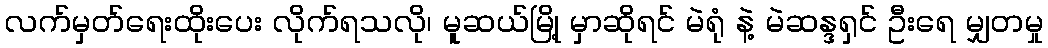
လက်မှတ်ရေးထိုးပေး လိုက်ရသလို၊ မူဆယ်မြို့ မှာဆိုရင် မဲရုံ နဲ့ မဲဆန္ဒရှင် ဦးရေ မျှတမှု